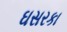
ઘસરકા